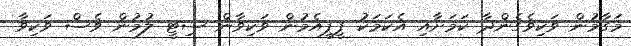
މަގާމުން ވަކިވެގެންދާ ކަމަށާއި އެކަމަކު ޕީޕީއެމުން ވަކިވާން ސިޓީ ލުމުން ވެސް ވަކިވާ